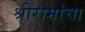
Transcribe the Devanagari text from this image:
श्रीरामांचा